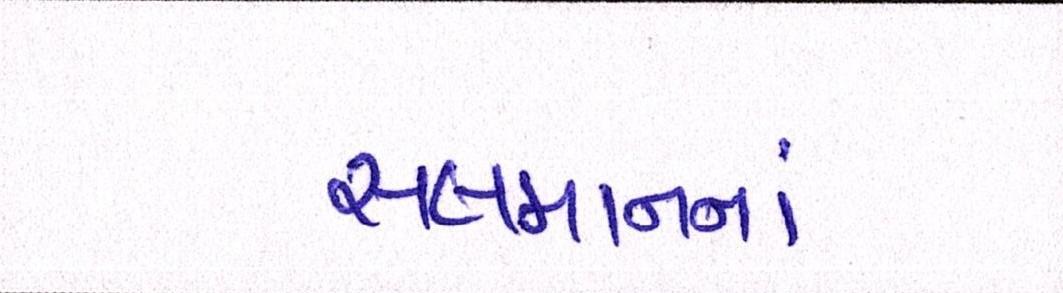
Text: સલમાનનાં